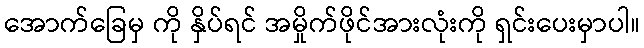
အောက်ခြေမှ ကို နှိပ်ရင် အမှိုက်ဖိုင်အားလုံးကို ရှင်းပေးမှာပါ။